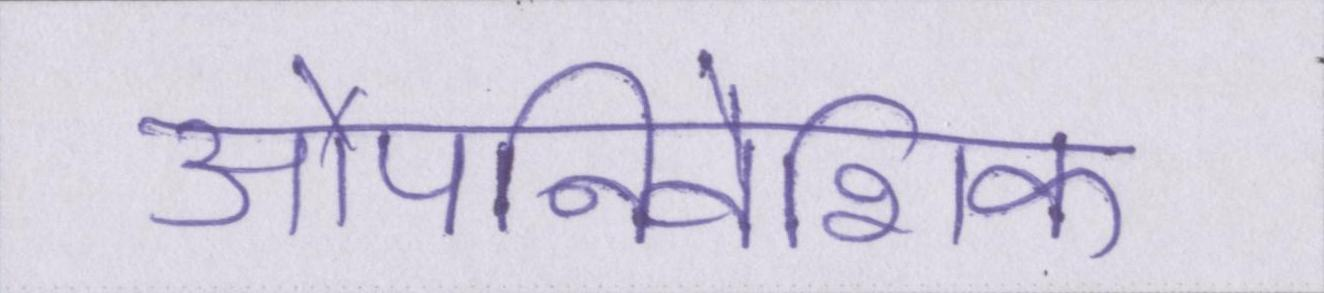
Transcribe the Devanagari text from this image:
औपनिवेशिक